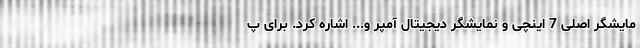
مایشگر اصلی 7 اینچی و نمایشگر دیجیتال آمپر و... اشاره کرد. برای پ